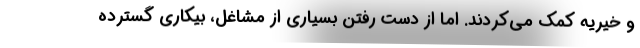
و خیریه کمک می‌کردند. اما از دست رفتن بسیاری از مشاغل، بیکاری گسترده